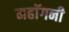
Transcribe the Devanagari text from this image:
महाॅगनी